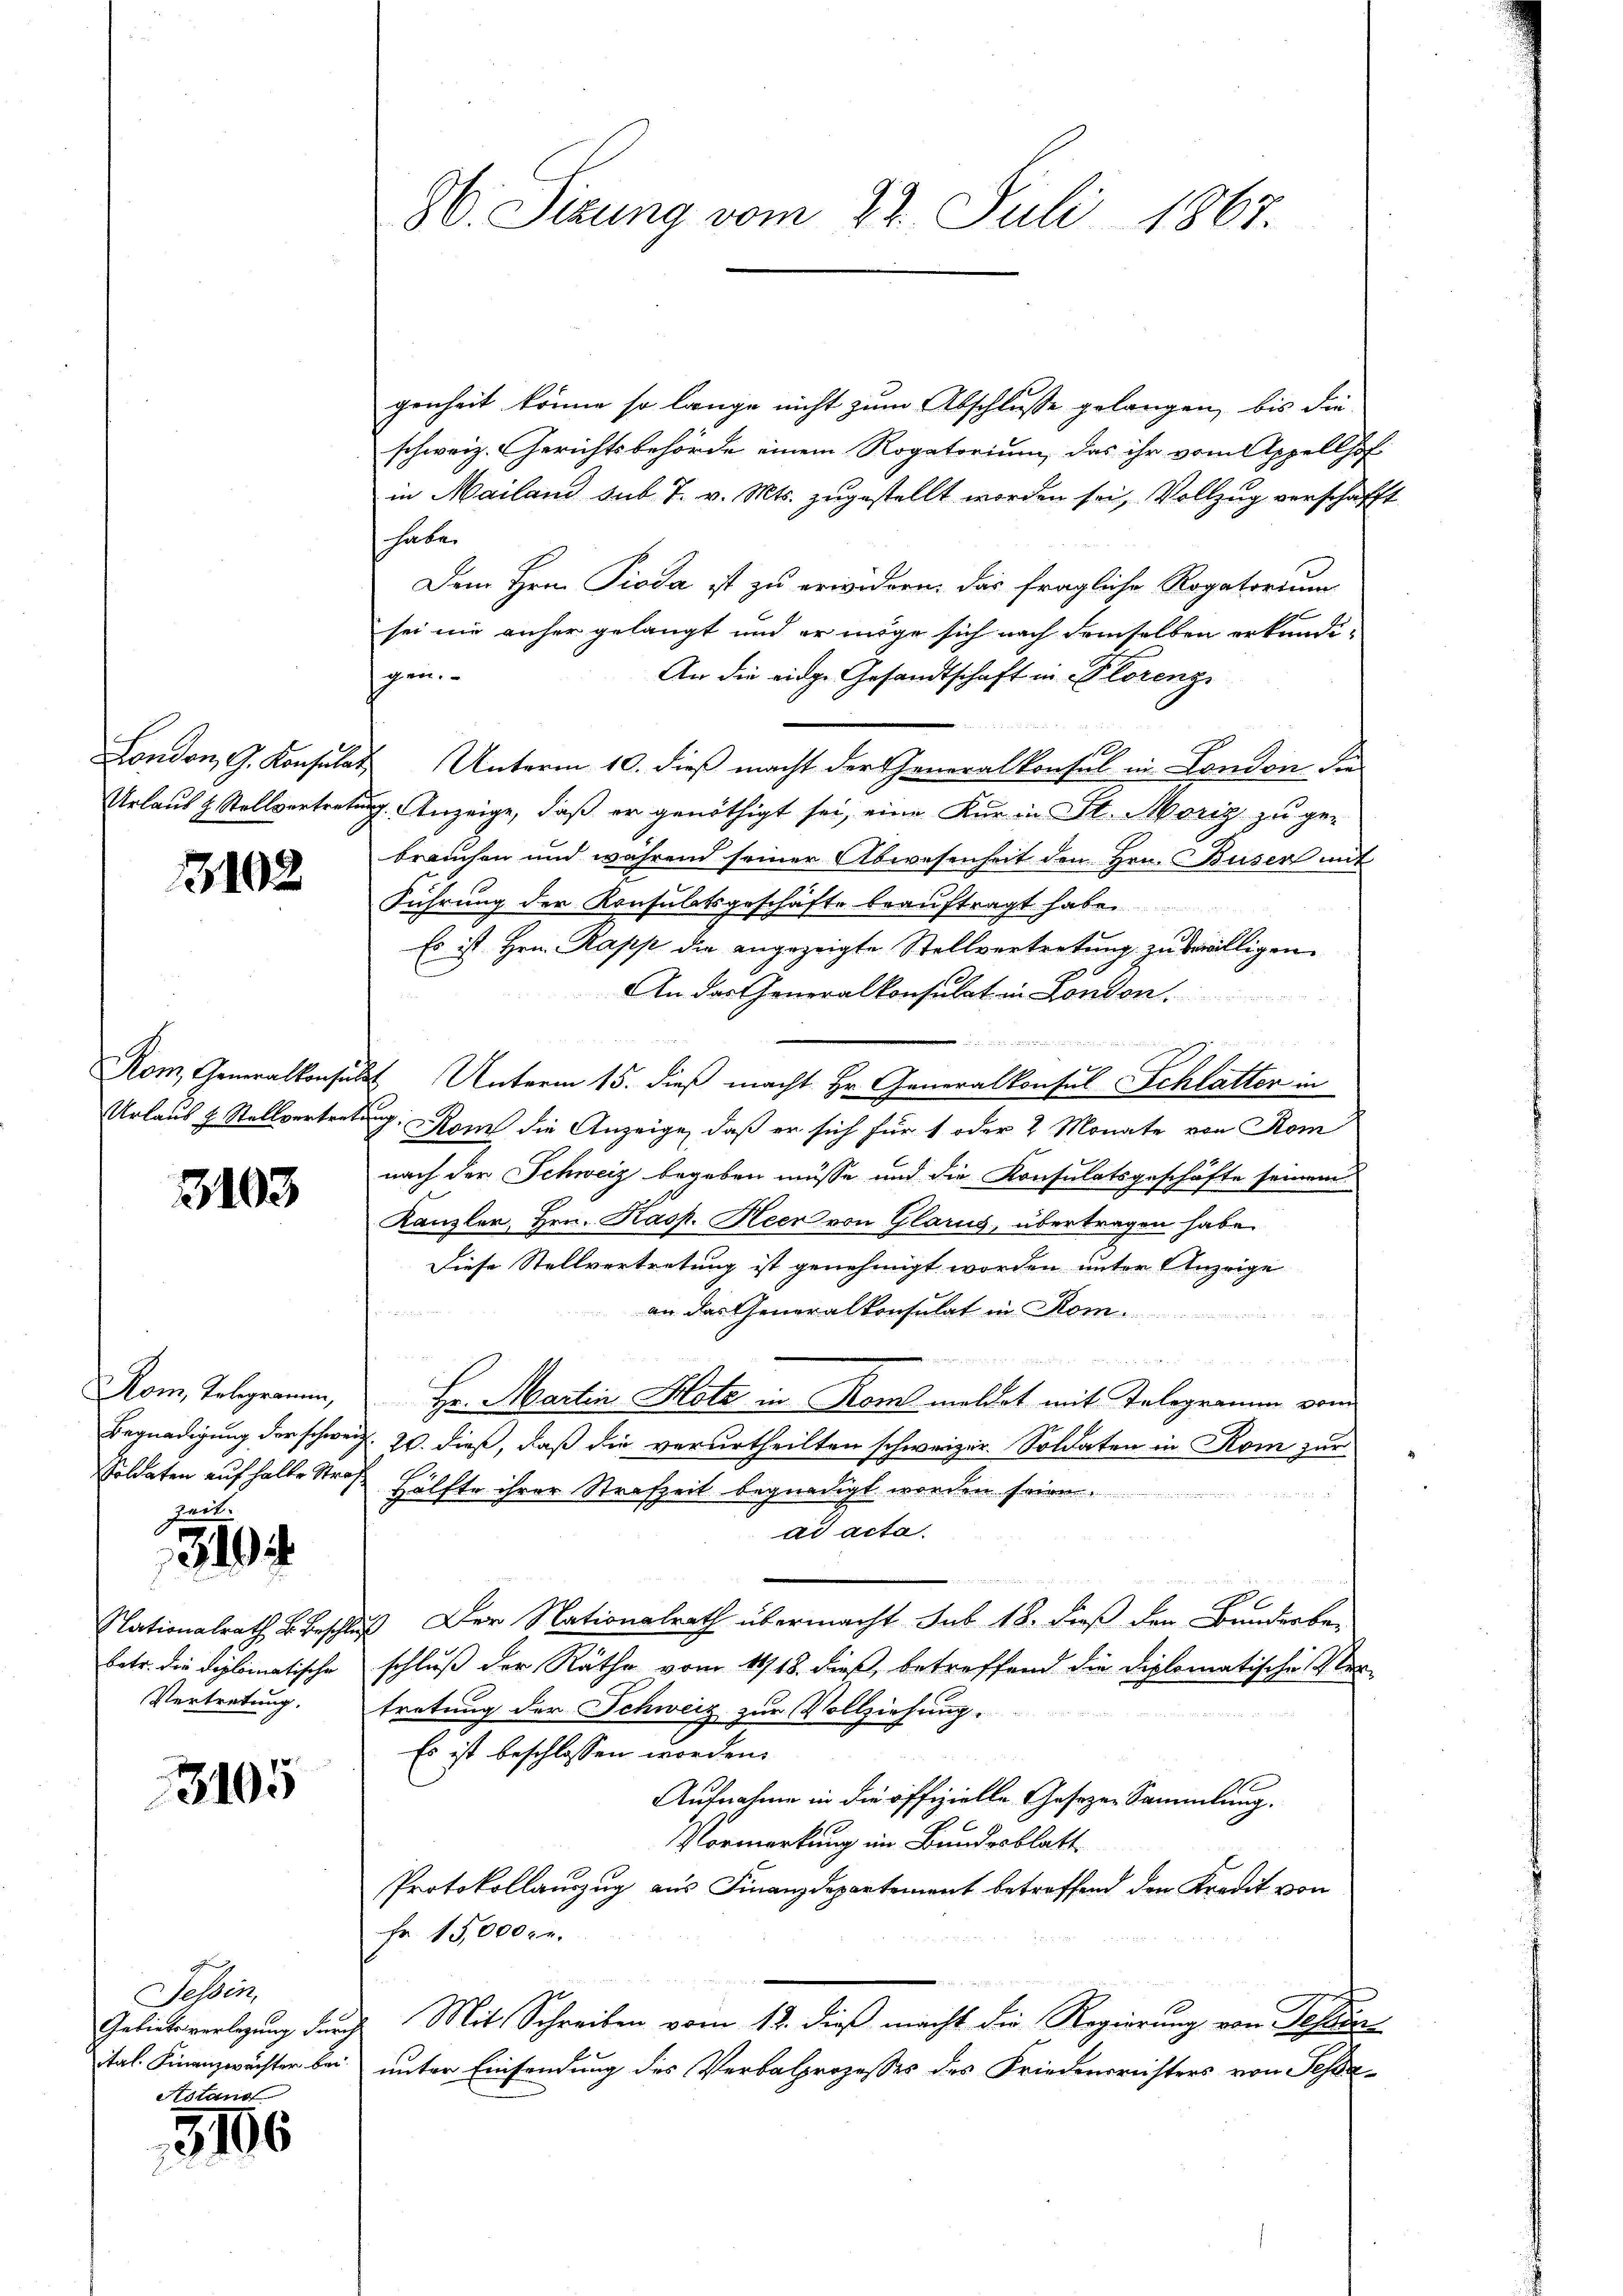
2102

3103

Rom, Telegramm,
Zeit.

319

betr. die diplomatische
Vertretung.

3105

Tessin,

Astand
3106

86. Sizung vom 22. Juli 1867.

genheit könne so lange nicht zum Abschlusse gelangen, bis dieschweiz. Gerichtsbehörde einem Rogatorium, das ihr vom Appellhof
in Mailand sub. T. v. Mts. zugestellt worden sei, Vollzug verschafft
haben
Dem Hrn. Pioda ist zu erwidern, das fragliche Rogatorium
sei nie anher gelangt und er möge sich nach demselben erkundipen
An die eidge Gesandtschaft in Plorenz
sel
London, G. Konsulat Unterm 10. dieß macht der Generalkonsul in London die
Urlaub & Stellvertretung. Anzeige, daß er genöthigt sei, eine Kur in St. Moriz zu ge-
brauchen und während seiner Abwesenheit den Hrn. Buser mit
Führung der Konsulatsgeschäfte beauftragt habe.
Es ist Hrn. Papp die angezeigte Stellvertretung zu bewilligen.
An das Generalkonsulat in London.
B H
Rom, Generalkonsuls Unterm 15. dieß macht Hr. Generalkonsul Schlatter in
Urlaus & Stellvertretung: Rom die Anzeige, daß er sich für 1 oder 2 Monate von Rom
nach der Schweiz begeben müsse und die Konsulatsgeschäfte seinem
Kanzler, Hrn. Kasp. Heer von Glarus, übertragen habe.
Diese Stellvertretung ist genehmigt worden unter Anzeige
an das Generalkonsulat in Rom.
Hr. Martin Hotz in Rom meldet mit Telegramm von
Begnadigung der schweiz. 20. dieß, daß die verurtheilten schweizer. Soldaten in Rom zur
Soldaten auf halbe Straße Hälfte ihrer Strafzeit begnadigt worden seinen.
ad acta
No 6
Nationalrath B. Beschluß der Nationalrath übermacht sub 18. dieß den Bunderbe-
schluß der Räthe vom 1418. dieß, betreffend die Diplomatischestertretung der Schweiz zur Vollziehung.
Es ist beschlossen worden.
Aufnahme in die offizielle Gesetzen Sammlung.
Vormerkung im Bundesblatt
Protokollauszug aus Finanzdepartement betreffend dem Kredit von
Fr. 15,000 Fr.
Geliebesverlegung durch Mit Schreiben vom 12. dieß macht die Regierung von Sehen
tal. Finanzwächter bei unter Einsendung des Verbalprozesses des Friedensreisters von Scha¬